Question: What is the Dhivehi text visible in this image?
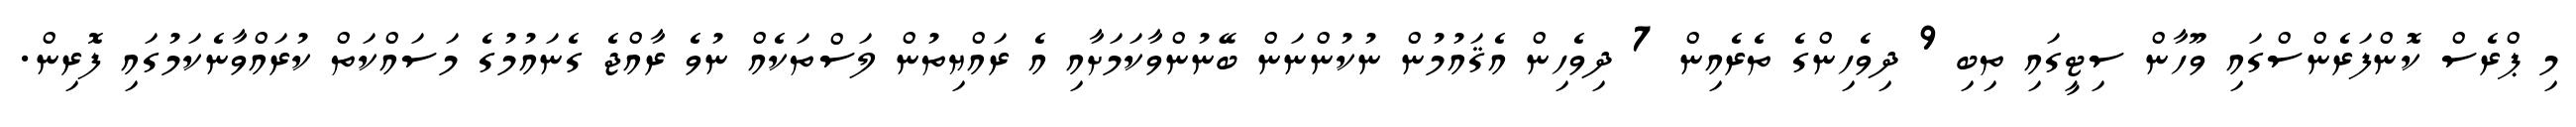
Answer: މި ޕްރެސް ކޮންފަރެންސްގައި ވޫހާން ސިޓީގައި ތިބި 9 ދިވެހިންގެ ތެރެއިން 7 ދިވެހިން އެޤައުމުން ނުކުންނަން ބޭނުންވާކަމަށާއި އެ ރައްޔިތުން ލަސްތަކެއް ނުވެ ރާއްޖެ ގެނައުމުގެ މަސައްކަތް ކުރައްވާނެކަމުގައި ފޮރިން.